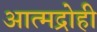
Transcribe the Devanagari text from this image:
आत्मद्रोही